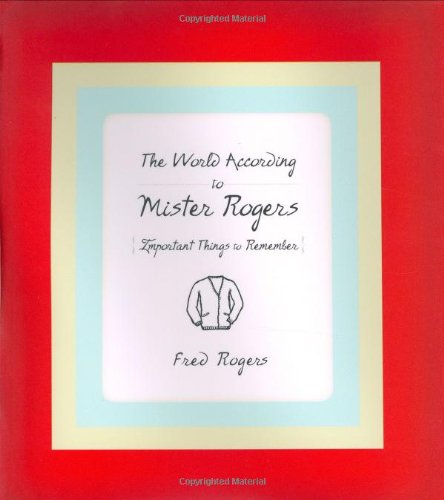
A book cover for The World According to Mister Rogers: Important Things to Remember; Fred Rogers; Politics & Social Sciences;